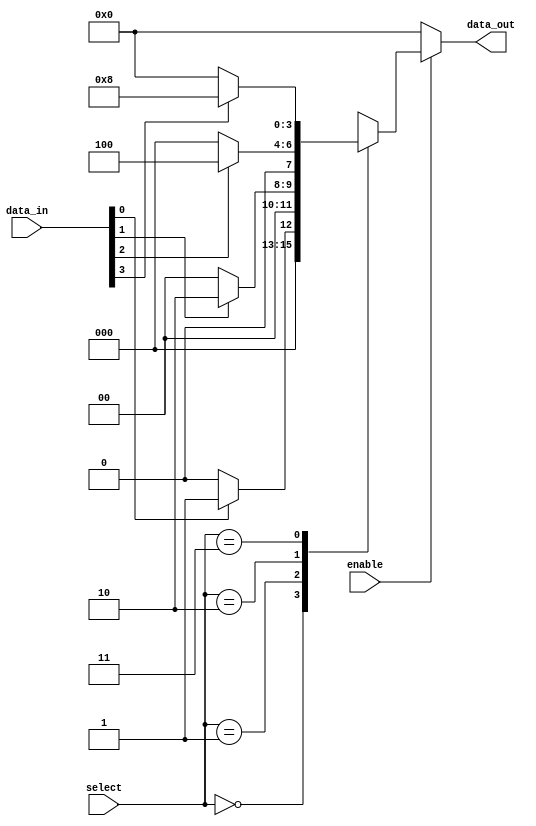
module array_continuous_assignment (
    input wire [1:0] select, // 2-bit select signal to choose the array index
    input wire [3:0] data_in, // 4-bit input data
    input wire enable, // Enable signal for assignment
    output wire [3:0] data_out // 4-bit output data
);

    // Array declaration
    reg [3:0] data_array [3:0]; // 4 elements each 4 bits wide

    // Continuous assignment for the output based on conditions
    assign data_out = (enable) ? data_array[select] : 4'b0000; // Output based on selected index

    // Continuous assignment for the array elements based on input data
    always @(*) begin
        data_array[0] = (data_in[0]) ? 4'b0001 : 4'b0000; // Assign 1 if data_in[0] is high
        data_array[1] = (data_in[1]) ? 4'b0010 : 4'b0000; // Assign 2 if data_in[1] is high
        data_array[2] = (data_in[2]) ? 4'b0100 : 4'b0000; // Assign 4 if data_in[2] is high
        data_array[3] = (data_in[3]) ? 4'b1000 : 4'b0000; // Assign 8 if data_in[3] is high
    end

endmodule